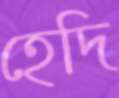
হেদি